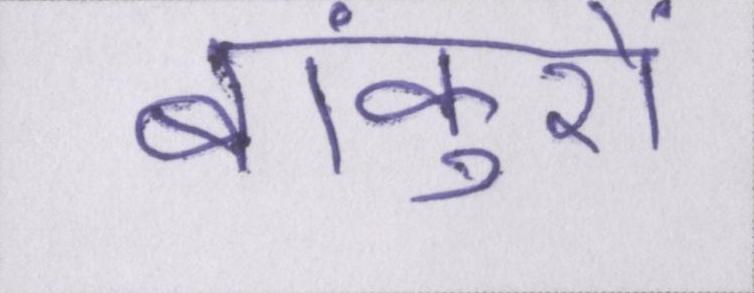
बांकुरों